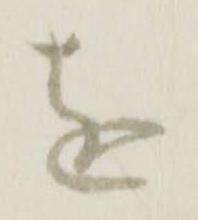
を